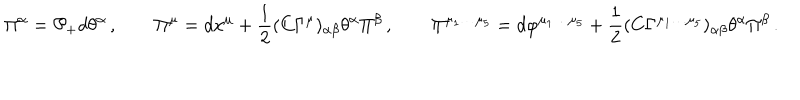
LaTeX: \Pi ^ { \alpha } = \mathcal { P } _ { + } d \theta ^ { \alpha } \, , \qquad \Pi ^ { \mu } = d x ^ { \mu } + { \frac { 1 } { 2 } } ( C \Gamma ^ { \mu } ) _ { \alpha \beta } \theta ^ { \alpha } \Pi ^ { \beta } \, , \qquad \Pi ^ { \mu _ { 1 } \dots \mu _ { 5 } } = d \varphi ^ { \mu _ { 1 } \dots \mu _ { 5 } } + { \frac { 1 } { 2 } } ( C \Gamma ^ { \mu _ { 1 } \dots \mu _ { 5 } } ) _ { \alpha \beta } \theta ^ { \alpha } \Pi ^ { \beta } \, .